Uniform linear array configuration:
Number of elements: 8
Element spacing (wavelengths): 0.75
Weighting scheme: binomial
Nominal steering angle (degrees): -60
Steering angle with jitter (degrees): -60.655
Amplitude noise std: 0.05
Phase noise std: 0.05

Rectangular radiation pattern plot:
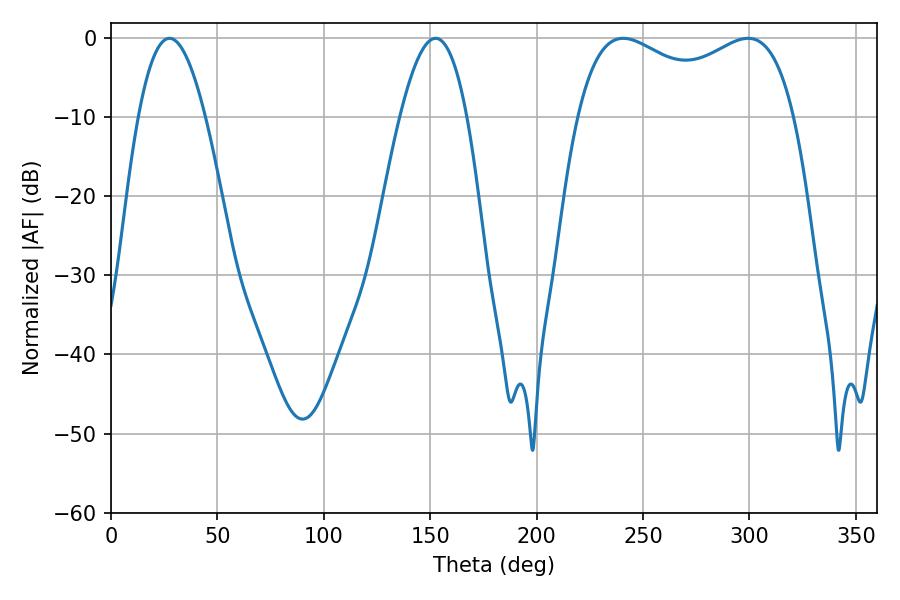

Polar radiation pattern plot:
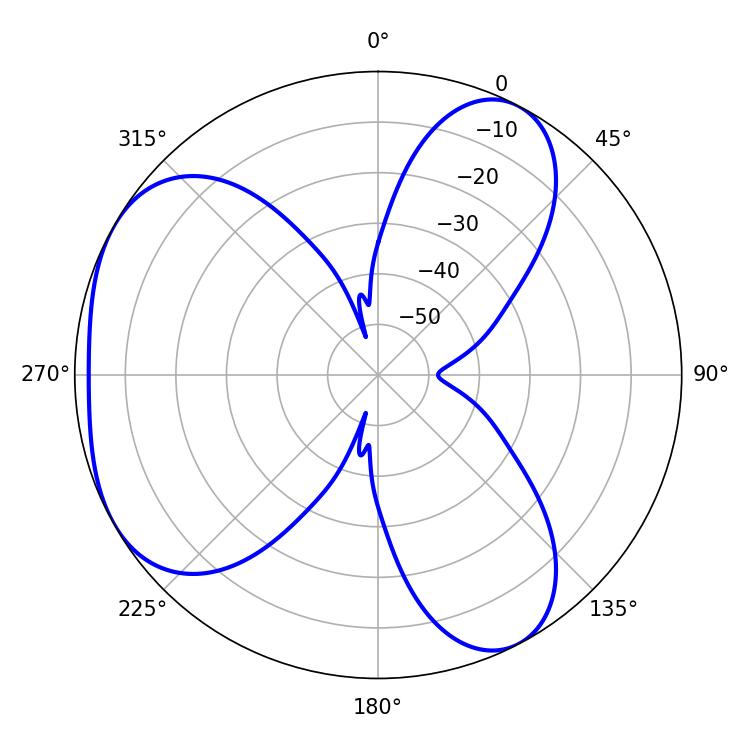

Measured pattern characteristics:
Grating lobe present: TRUE
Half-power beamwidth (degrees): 84.6
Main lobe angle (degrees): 240.66